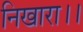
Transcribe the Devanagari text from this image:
निखारा।।